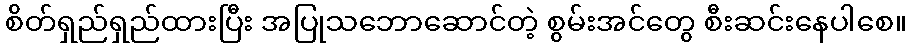
စိတ်ရှည်ရှည်ထားပြီး အပြုသဘောဆောင်တဲ့ စွမ်းအင်တွေ စီးဆင်းနေပါစေ။